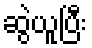
ဆွဲယူပြီး